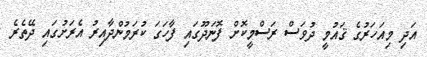
އަދި މިއަހަރުގެ ޤައުމީ ދުވަސް ރަސްމީކޮށް ފޮނަދޫގައި ފާހަގަ ކުރަމުންދާއިރު އެރަށުގައި ދޭތެރެ